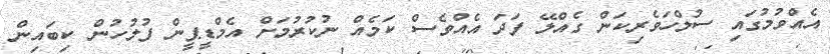
އެއްވުމުގައި ސުލްހަވެރިކަން ގެއްލޭ ފަދަ އެއްވެސް ކަމެއް ނުކުރުމަށް އެމްޑީޕީން ފުލުހުން ކިބައިން